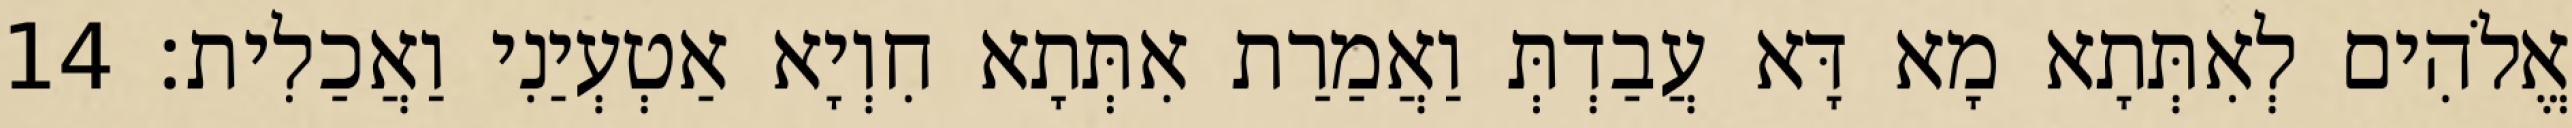
אֱלֹהִים לְאִתְּתָא מָא דָּא עֲבַדְתְּ וַאֲמַרַת אִתְּתָא חִוְיָא אַטְעְיַנִי וַאֲכַלִית׃ 14